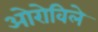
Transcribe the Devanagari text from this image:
ओरोविले